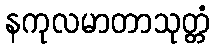
နကုလမာတာသုတ္တံ